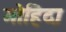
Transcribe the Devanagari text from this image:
मोहिदा